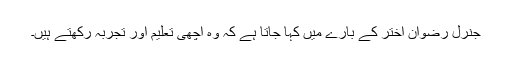
جنرل رضوان اختر کے بارے میں کہا جاتا ہے کہ وہ اچھی تعلیم اور تجربہ رکھتے ہیں۔